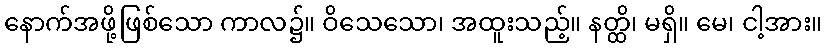
နောက်အဖို့ဖြစ်သော ကာလ၌။ ဝိသေသော၊ အထူးသည့်။ နတ္ထိ၊ မရှိ။ မေ၊ ငါ့အား။